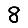
Digit: 8